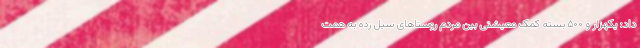
داد: یکهزار و ۵۰۰ بسته کمک معیشتی بین مردم روستاهای سیل زده به همت